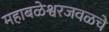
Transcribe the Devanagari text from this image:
महाबळेश्वरजवळचे